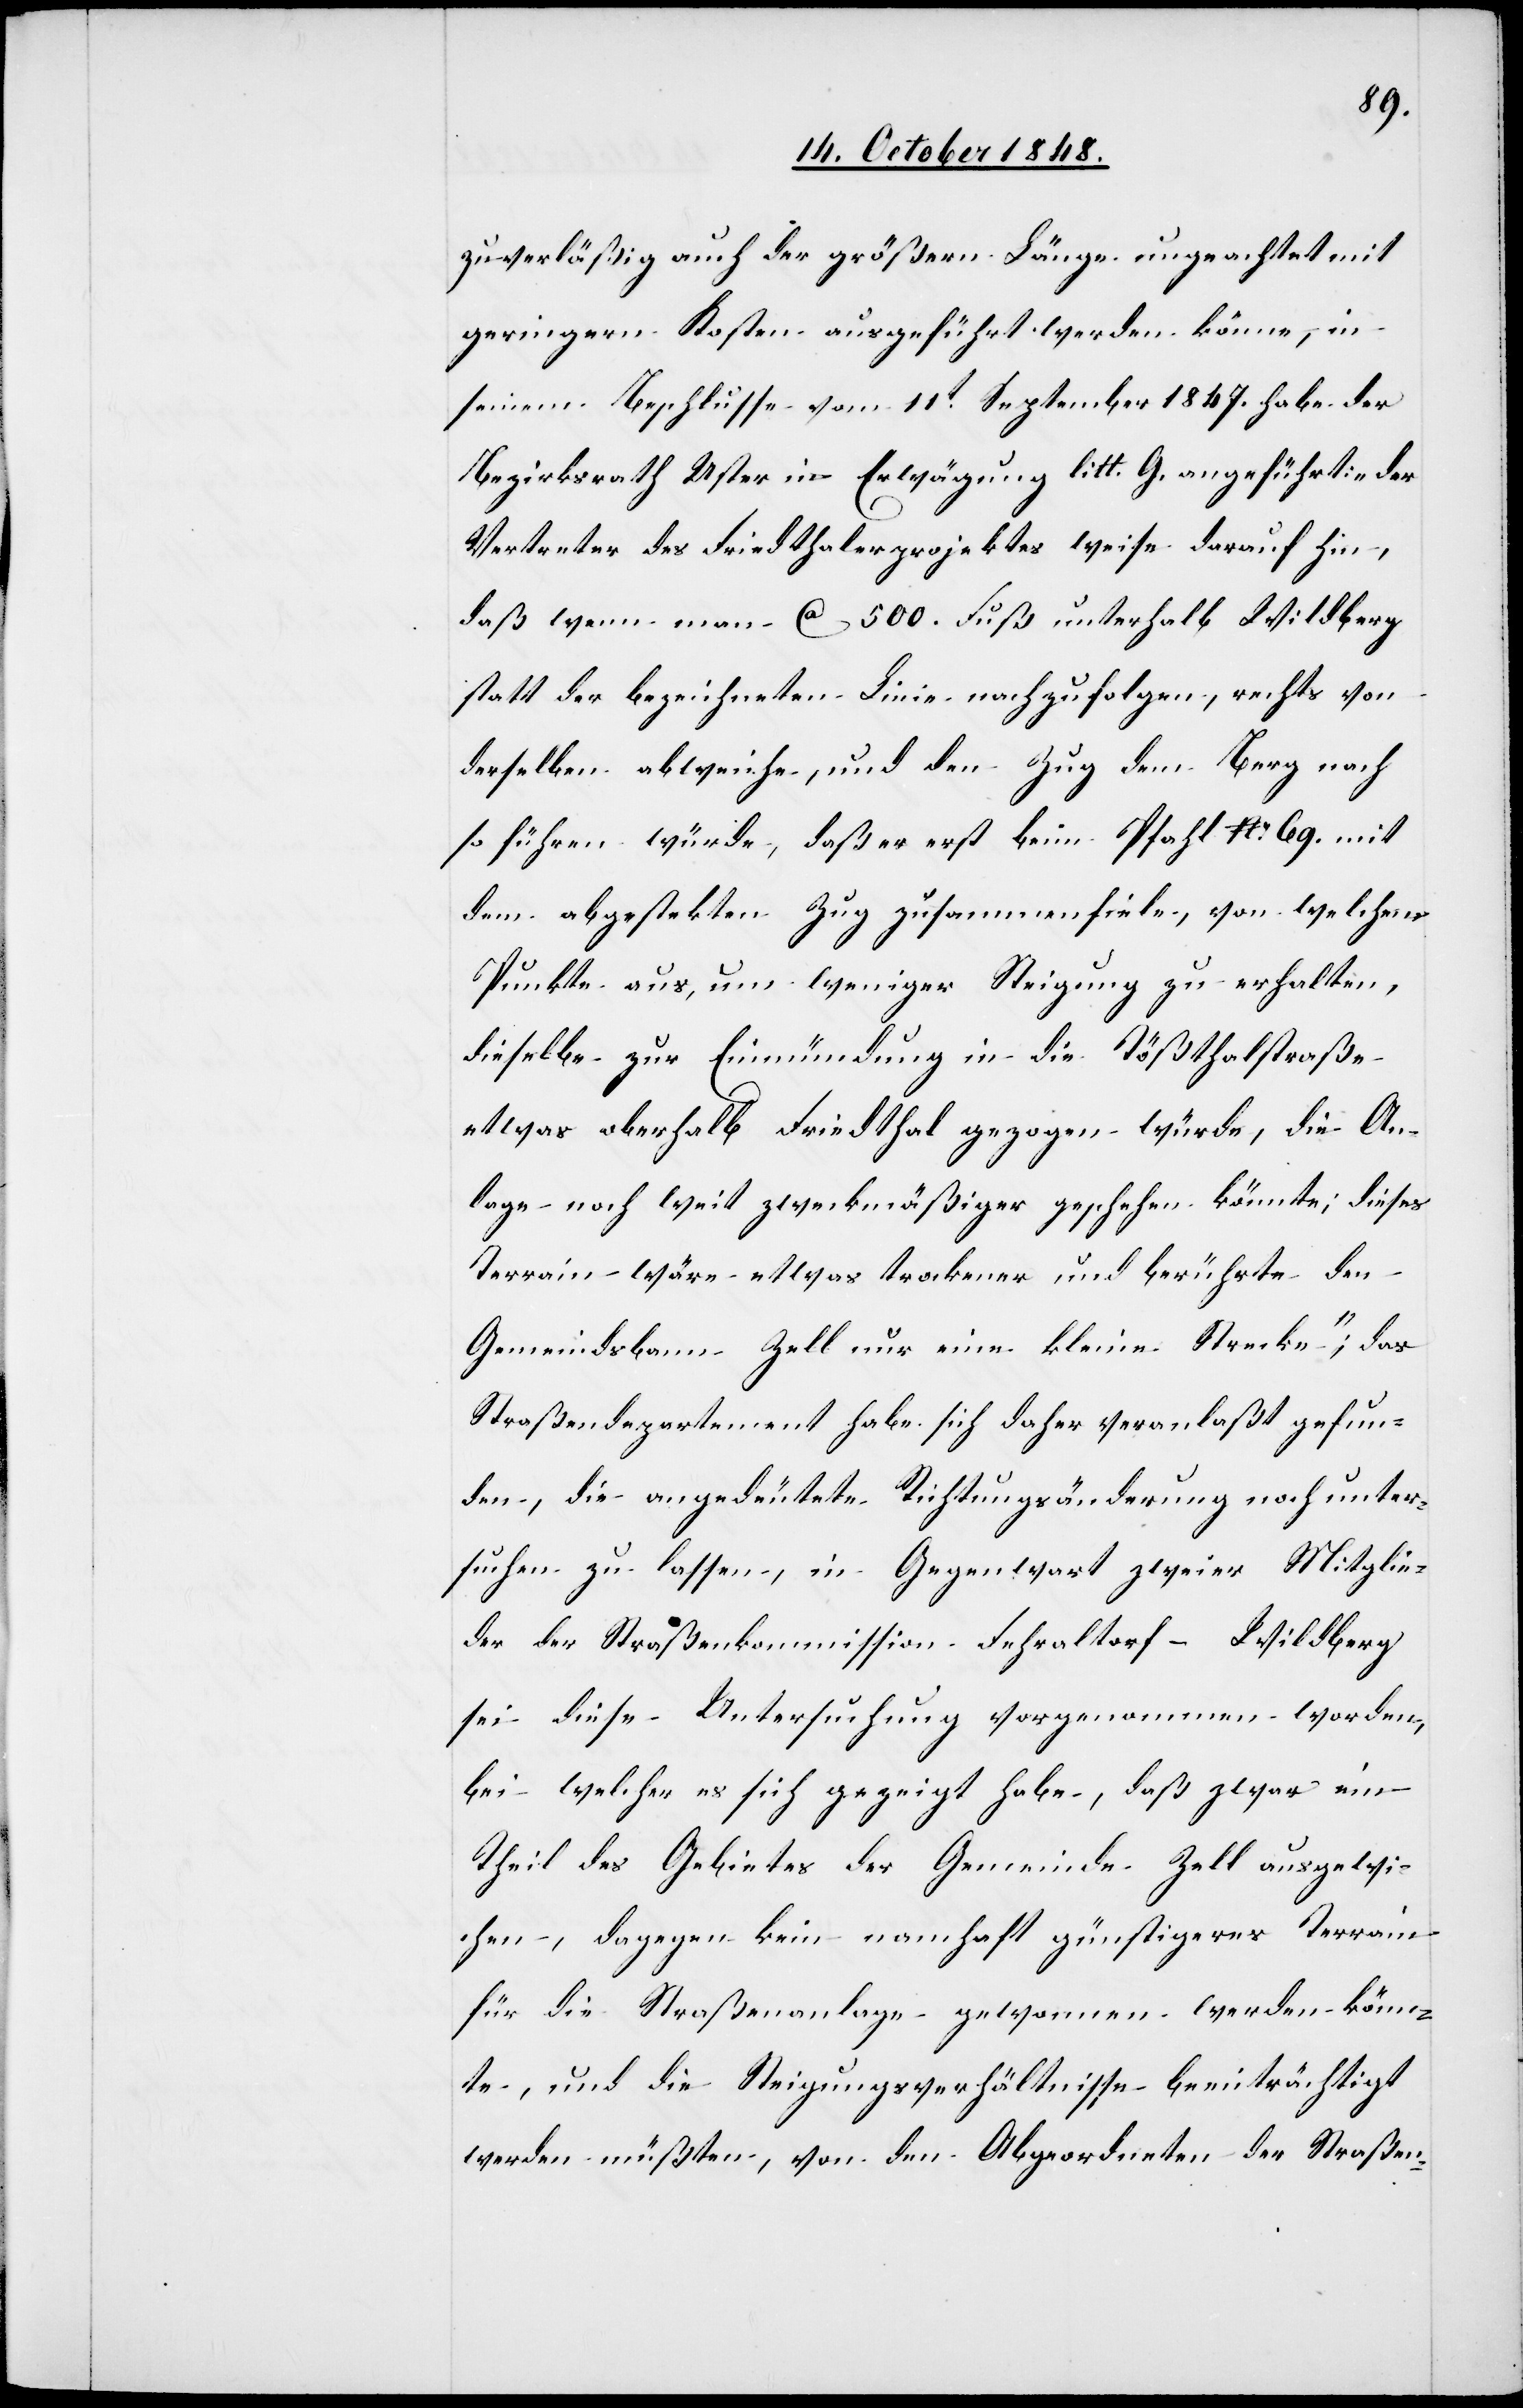
zuverläßig auch der größern Länge ungeachtet mit
geringern Kosten ausgeführt werden könne, in
seinem Beschlusse vom 11t September 1847. habe der
Bezirksrath Uster in Erwägung litt. G. angeführt: „der
Vertreter des Friedthalerprojektes weise darauf hin,
daß wenn man ca. 500. Fuß unterhalb Wildberg
statt der bezeichneten Linie nachzufolgen, rechts von
derselben abweiche, und den Zug dem Berg nach
so führen würde, daß er erst beim Pfahl No 69. mit
dem abgestekten Zug zusammenfiele, von welchem
Punkte aus, um weniger Steigung zu erhalten,
dieselbe zur Einmündung in die Tößthalstraße
etwas oberhalb Friedthal gezogen würde, die An¬
lage noch weit zweckmäßiger geschehen könnte; dieses
Terrain wäre etwas trockener und berührte den
Gemeindsbann Zell nur eine kleine Strecke“; das
Straßendepartement habe sich daher veranlaßt gefun¬
den, die angedeutete Richtungsänderung noch unter¬
suchen zu lassen, in Gegenwart zweier Mitglie¬
der der Straßenkommission Fehraltorf–Wildberg
sei diese Untersuchung vorgenommen worden,
bei welcher es sich gezeigt habe, daß zwar ein
Theil des Gebietes der Gemeinde Zell ausgewi¬
chen, dagegen kein namhaft günstigeres Terrain
für die Straßenanlage gewonnen werden könn¬
te, und die Steigungsverhältnisse beeinträchtigt
werden müßten, von den Abgeordneten der Straßen-